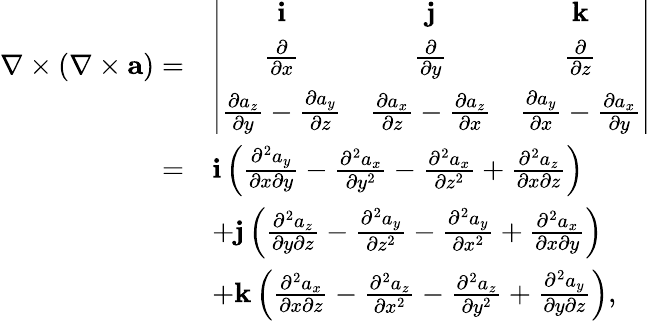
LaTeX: \begin{array}{rl}{\nabla\times(\nabla\times{\mathbf a})=}&{\left|\begin{array}{ccc}{{\mathbf i}}&{{\mathbf j}}&{{\mathbf k}}\\ {\frac{\partial}{\partial x}}&{\frac{\partial}{\partial y}}&{\frac{\partial}{\partial z}}\\ {\frac{\partial a_{z}}{\partial y}-\frac{\partial a_{y}}{\partial z}}&{\frac{\partial a_{x}}{\partial z}-\frac{\partial a_{z}}{\partial x}}&{\frac{\partial a_{y}}{\partial x}-\frac{\partial a_{x}}{\partial y}}\end{array}\right|}\\ {=}&{{\mathbf i}\left(\frac{\partial^{2}a_{y}}{\partial x\partial y}-\frac{\partial^{2}a_{x}}{\partial y^{2}}-\frac{\partial^{2}a_{x}}{\partial z^{2}}+\frac{\partial^{2}a_{z}}{\partial x\partial z}\right)}\\ &{+{\mathbf j}\left(\frac{\partial^{2}a_{z}}{\partial y\partial z}-\frac{\partial^{2}a_{y}}{\partial z^{2}}-\frac{\partial^{2}a_{y}}{\partial x^{2}}+\frac{\partial^{2}a_{x}}{\partial x\partial y}\right)}\\ &{+{\mathbf k}\left(\frac{\partial^{2}a_{x}}{\partial x\partial z}-\frac{\partial^{2}a_{z}}{\partial x^{2}}-\frac{\partial^{2}a_{z}}{\partial y^{2}}+\frac{\partial^{2}a_{y}}{\partial y\partial z}\right),}\end{array}